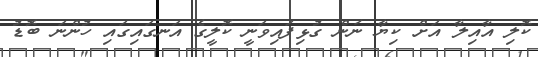
ކޮލި އާއިލާ އަށް ކިޔާ ނަން ގުޅިފައިވަނީ ކޮލީގެ އަނގައިގައި ހުންނަ ބޮޑު